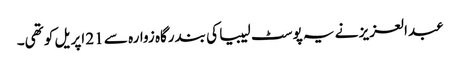
عبدالعزیز نے یہ پوسٹ لیبیا کی بندرگاہ زوارہ سے 21 اپریل کو تھی۔